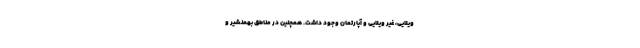
ویلایی، غیر ویلایی و آپارتمان وجود داشت. همچنین در مناطق بهمنشیر و